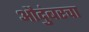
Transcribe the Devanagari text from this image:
औदुंबरचा